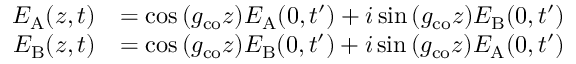
\begin{array} { r l } { E _ { \mathrm { A } } ( z , t ) } & { = \cos { ( g _ { \mathrm { c o } } z ) } E _ { \mathrm { A } } ( 0 , t ^ { \prime } ) + i \sin { ( g _ { \mathrm { c o } } z ) } E _ { \mathrm { B } } ( 0 , t ^ { \prime } ) } \\ { E _ { \mathrm { B } } ( z , t ) } & { = \cos { ( g _ { \mathrm { c o } } z ) } E _ { \mathrm { B } } ( 0 , t ^ { \prime } ) + i \sin { ( g _ { \mathrm { c o } } z ) } E _ { \mathrm { A } } ( 0 , t ^ { \prime } ) } \end{array}